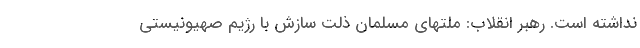
نداشته است. رهبر انقلاب: ملتهای مسلمان ذلت سازش با رژیم صهیونیستی